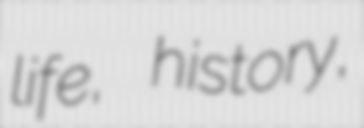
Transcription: life, history,